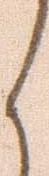
く